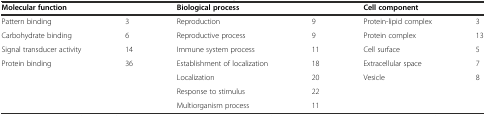
<table><thead><tr><td colspan="2"><b>Molecular function</b></td><td colspan="2"><b>Biological process</b></td><td colspan="2"><b>Cell component</b></td></tr></thead><tbody><tr><td>Pattern binding</td><td>3</td><td>Reproduction</td><td>9</td><td>Protein-lipid complex</td><td>3</td></tr><tr><td>Carbohydrate binding</td><td>6</td><td>Reproductive process</td><td>9</td><td>Protein complex</td><td>13</td></tr><tr><td>Signal transducer activity</td><td>14</td><td>Immune system process</td><td>11</td><td>Cell surface</td><td>5</td></tr><tr><td>Protein binding</td><td>36</td><td>Establishment of localization</td><td>18</td><td>Extracellular space</td><td>7</td></tr><tr><td></td><td></td><td>Localization</td><td>20</td><td>Vesicle</td><td>8</td></tr><tr><td></td><td></td><td>Response to stimulus</td><td>22</td><td></td><td></td></tr><tr><td></td><td></td><td>Multiorganism process</td><td>11</td><td></td><td></td></tr></tbody></table>